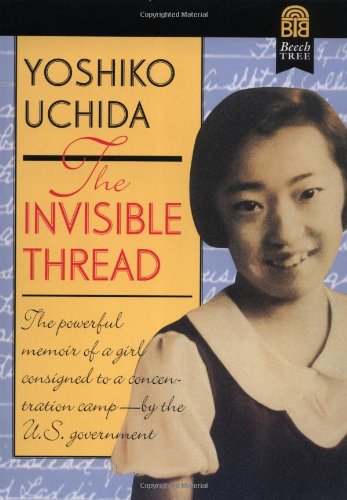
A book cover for The Invisible Thread; Yoshiko Uchida; Teen & Young Adult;